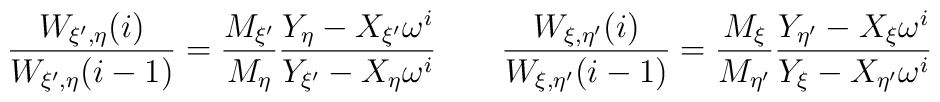
\frac{W_{\xi',\eta}(i)}{W_{\xi',\eta}(i-1)} = \frac{M_{\xi'}}{M_{\eta}}\frac{Y_{\eta} -X_{\xi'}\omega^{i}}{Y_{\xi'} - X_{\eta} \omega^{i}} \qquad \frac{W_{\xi,\eta'}(i)}{W_{\xi,\eta'}(i-1)} = \frac{M_{\xi}}{M_{\eta'}}\frac{Y_{\eta'} -X_{\xi}\omega^{i}}{Y_{\xi} - X_{\eta'} \omega^{i}}